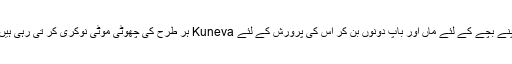
اپنے بچے کے لئے ماں اور باپ دونوں بن کر اس کی پرورش کے لئے Kuneva ہر طرح کی چھوٹی موٹی نوکری کر تی رہی ہیں۔